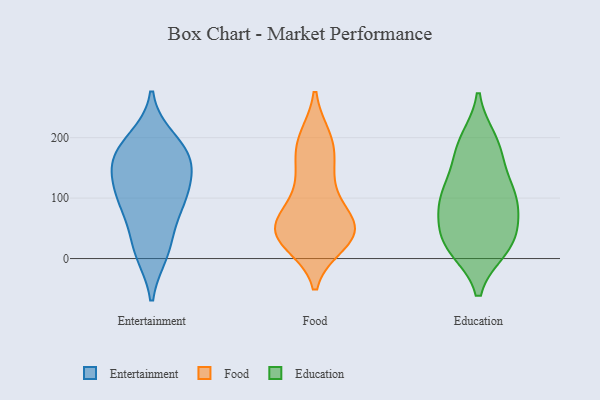
{"axis": {"x": "Bounce Rate (%)", "y": "Value"}, "legend": ["Education", "Entertainment", "Food"], "data": [{"x": "", "y": 96, "type": "Entertainment"}, {"x": "", "y": 196, "type": "Entertainment"}, {"x": "", "y": 102, "type": "Entertainment"}, {"x": "", "y": 23, "type": "Entertainment"}, {"x": "", "y": 135, "type": "Entertainment"}, {"x": "", "y": 166, "type": "Entertainment"}, {"x": "", "y": 167, "type": "Entertainment"}, {"x": "", "y": 86, "type": "Entertainment"}, {"x": "", "y": 167, "type": "Entertainment"}, {"x": "", "y": 11, "type": "Entertainment"}, {"x": "", "y": 73, "type": "Food"}, {"x": "", "y": 40, "type": "Food"}, {"x": "", "y": 160, "type": "Food"}, {"x": "", "y": 46, "type": "Food"}, {"x": "", "y": 34, "type": "Food"}, {"x": "", "y": 50, "type": "Food"}, {"x": "", "y": 139, "type": "Food"}, {"x": "", "y": 196, "type": "Food"}, {"x": "", "y": 26, "type": "Food"}, {"x": "", "y": 79, "type": "Food"}, {"x": "", "y": 198, "type": "Food"}, {"x": "", "y": 44, "type": "Food"}, {"x": "", "y": 115, "type": "Food"}, {"x": "", "y": 189, "type": "Food"}, {"x": "", "y": 38, "type": "Food"}, {"x": "", "y": 49, "type": "Food"}, {"x": "", "y": 121, "type": "Education"}, {"x": "", "y": 194, "type": "Education"}, {"x": "", "y": 25, "type": "Education"}, {"x": "", "y": 85, "type": "Education"}, {"x": "", "y": 173, "type": "Education"}, {"x": "", "y": 185, "type": "Education"}, {"x": "", "y": 104, "type": "Education"}, {"x": "", "y": 18, "type": "Education"}, {"x": "", "y": 95, "type": "Education"}, {"x": "", "y": 31, "type": "Education"}, {"x": "", "y": 103, "type": "Education"}, {"x": "", "y": 53, "type": "Education"}, {"x": "", "y": 21, "type": "Education"}]}